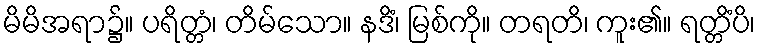
မိမိအရာ၌။ ပရိတ္တံ၊ တိမ်သော။ နဒိံ၊ မြစ်ကို။ တရတိ၊ ကူး၏။ ရတ္တိံပိ၊